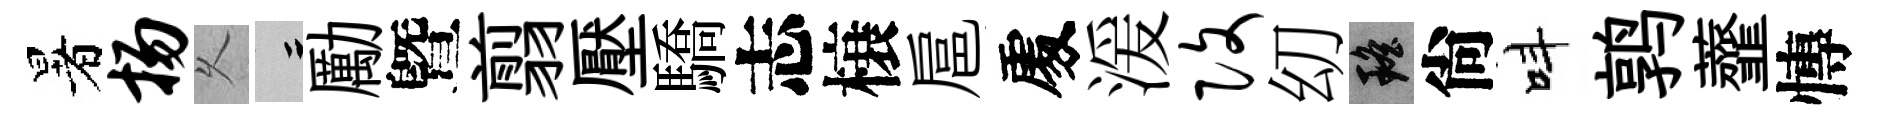
暑扬乆律勵曁翦壓驕志榱扈𠁅湲改㓜瑶尙呌鹑虀慱